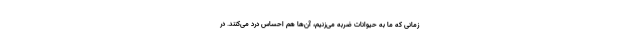
زمانی که ما به حیوانات ضربه می‌زنیم، آن‌ها هم احساس درد می‌کنند. در